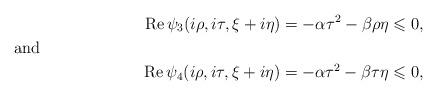
LaTeX: \begin{align*}\operatorname{Re}\psi_3(i\rho,i\tau,\xi+i\eta)=-\alpha\tau^2-\beta\rho\eta\leqslant 0,\shortintertext{and }\operatorname{Re}\psi_4(i\rho,i\tau, \xi+i\eta)=-\alpha\tau^2-\beta\tau\eta \leqslant 0,\end{align*}